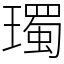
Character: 㻿